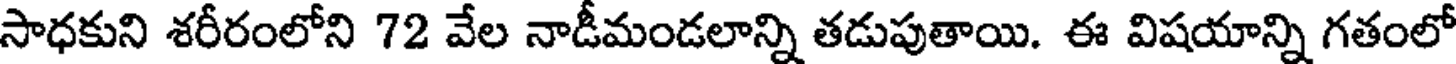
సాధకుని శరీరంలోని 72 వేల నాడీమండలాన్ని తడుపుతాయి. ఈ విషయాన్ని గతంలో